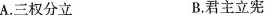
A.三权分立 B.君主立宪